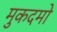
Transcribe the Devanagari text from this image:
मुकदमो